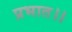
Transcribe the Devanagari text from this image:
प्रभात।।